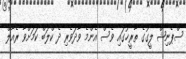
ސްޕެނިޝް ލީގުގެ ތާރީޚުގައި ވެސް އެންމެ ވާދަވެރި ދެ ކްލަބް ކަމަށްވާ ރެއާލް